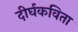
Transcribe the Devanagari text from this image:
दीर्घकविता